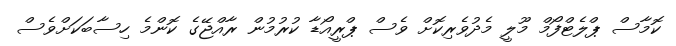
ކޮމާސް ޕްލެޓްފޯމް މޫލީ މެދުވެރިކޮށް ވެސް ޕްރީއޯޑާ ކުރުމުން ރާއްޖޭގެ ކޮންމެ ހިސާބަކަށްވެސް